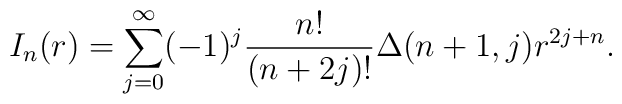
I_n(r) = \sum_{j=0}^{\infty}(-1)^j \frac{n!}{(n+2j)!}           \Delta (n+1,j) r^{2j+n}.